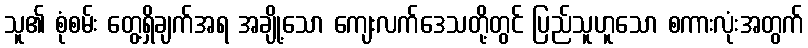
သူ၏ စုံစမ်း တွေ့ရှိချက်အရ အချို့သော ကျေးလက်ဒေသတို့တွင် ပြည်သူဟူသော စကားလုံးအတွက်